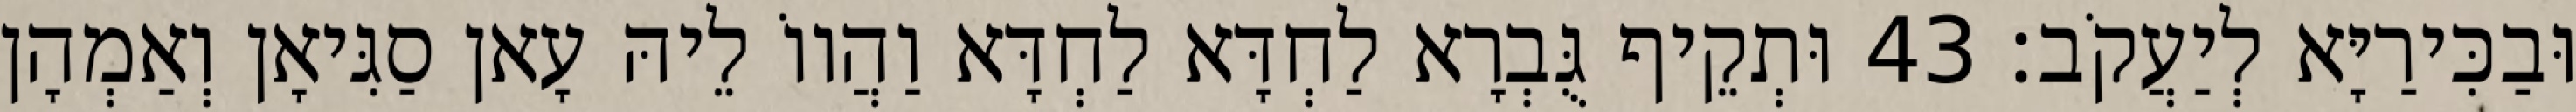
וּבַכִּירַיָּא לְיַעֲקֹב׃ 43 וּתְקֵיף גֻּבְרָא לַחְדָּא לַחְדָּא וַהֲווֹ לֵיהּ עָאן סַגִּיאָן וְאַמְהָן